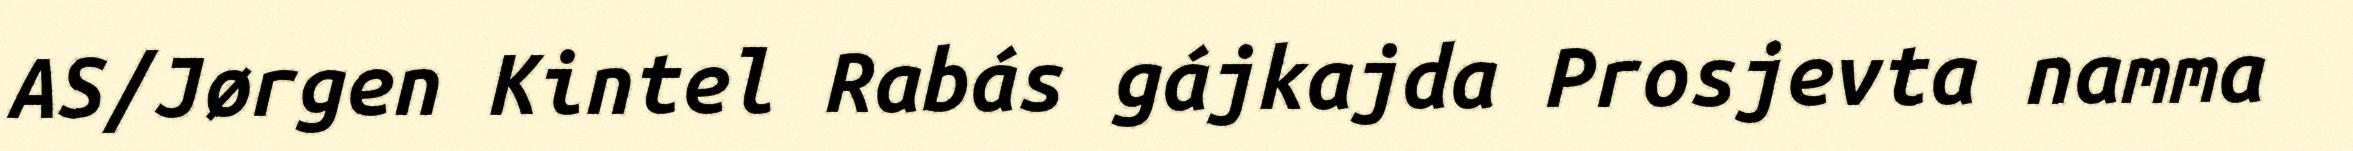
AS/Jørgen Kintel Rabás gájkajda Prosjevta namma